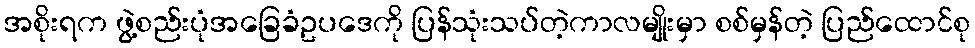
အစိုးရက ဖွဲ့စည်းပုံအခြေခံဥပဒေကို ပြန်သုံးသပ်တဲ့ကာလမျိုးမှာ စစ်မှန်တဲ့ ပြည်ထောင်စု